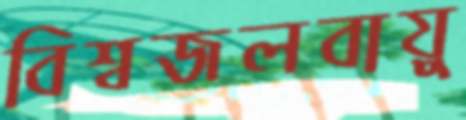
বিশ্বজলবায়ু